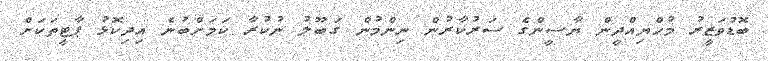
ބޮޑުވަޒީރު މުހްޔިއްދީން ޔާސީންގެ ސަރުކާރުން ނިންމުން ގަބޫލު ނުކުރާ ކަމަށްބުނެ އިދިކޮޅު ޕާޓީތަކަށް